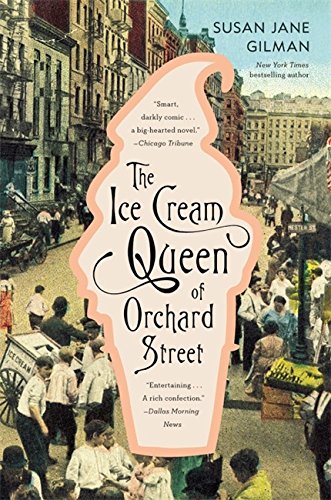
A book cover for The Ice Cream Queen of Orchard Street: A Novel; Susan Jane Gilman; Literature & Fiction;